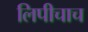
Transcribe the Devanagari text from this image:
लिपीचाच